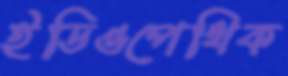
ইডিওপেথিক